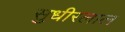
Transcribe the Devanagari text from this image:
सुधीरलाल